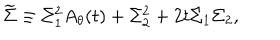
{ \widetilde \Sigma } \equiv \Sigma _ { 1 } ^ { 2 } A _ { \theta } ( t ) + \Sigma _ { 2 } ^ { 2 } + 2 t \Sigma _ { 1 } \Sigma _ { 2 } ,